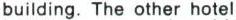
building. The other hotel